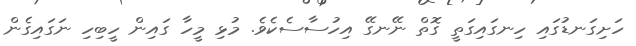
ހަށިގަނޑުގައި ހިނގައިގަތީ ގޮތް ނޭނގޭ އިހުސާސެކެވެ. މުޅި މީހާ ގައިން ހީބިހި ނަގައިގެން